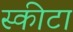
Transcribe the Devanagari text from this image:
स्कीटा